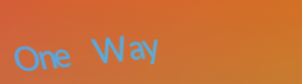
One Way